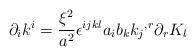
LaTeX: \begin{align*}{\partial}_{i}k^{i}= \frac{{\xi}^{2}}{a^{2}}{\epsilon}^{ijkl}a_{i}b_{k}{k_{j}}^{,r}{\partial}_{r}K_{l}\end{align*}